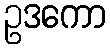
ဥဒကော